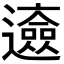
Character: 𨘰